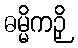
ဓမ္မိကဉှိ